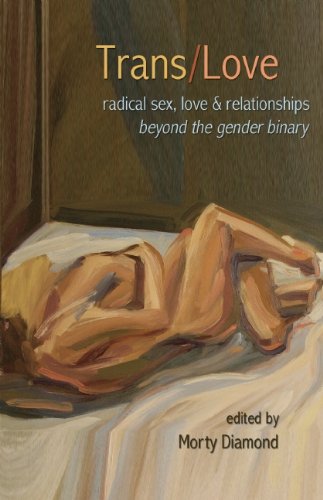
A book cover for Trans/Love: Radical Sex, Love & Relationships Beyond the Gender Binary; Gay & Lesbian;